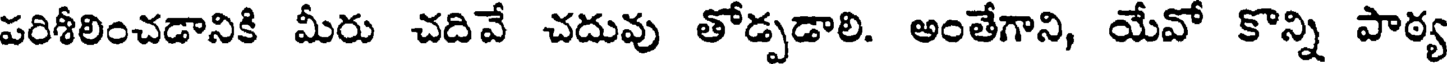
పరిశీలించడానికి మీరు చదివే చదువు తోడ్పడాలి. అంతేగాని, యేవో కొన్ని పాఠ్య